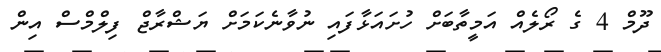
ދޫމް 4 ގެ ރޯލެއް އަމީތާބަށް ހުށައަޅާފައި ނުވާނެކަމަށް ޔަޝްރާޖް ފިލްމްސް އިން